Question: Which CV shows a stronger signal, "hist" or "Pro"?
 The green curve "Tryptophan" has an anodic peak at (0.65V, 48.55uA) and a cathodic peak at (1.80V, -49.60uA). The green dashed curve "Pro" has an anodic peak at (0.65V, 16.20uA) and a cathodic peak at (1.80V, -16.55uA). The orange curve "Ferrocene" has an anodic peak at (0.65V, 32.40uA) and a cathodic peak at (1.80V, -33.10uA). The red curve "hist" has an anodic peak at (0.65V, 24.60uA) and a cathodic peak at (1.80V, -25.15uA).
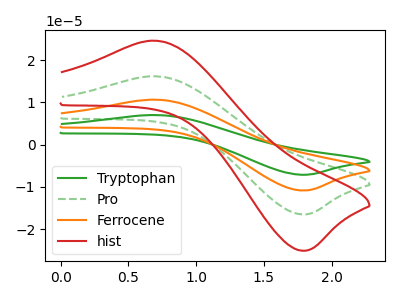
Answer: <think>All the peaks in "hist" have a peak in "Pro" at the same potential. Every peak in "hist" is higher than every peak in "Pro".
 </think>
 <answer>"hist" has more signal than "Pro".</answer>
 <eval>more_signal</eval>